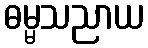
ဓမ္မသညာယ